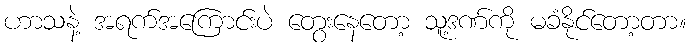
ဟာသနဲ့ အရက်အကြောင်းပဲ တွေးနေတော့ သူ့ဒဏ်ကို မခံနိုင်တော့တာ။